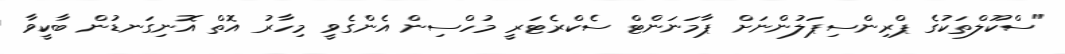
"ސްކޫލްތަކުގެ ޕްރިންސިޕަލުންނަށް ޕާމަނަންޓް ސެކްރެޓަރީ މުހްސިން އެންގެވީ މިހާރު އޮތް އޮނިގަނޑުން ބާކީވާ